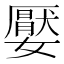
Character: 嬮